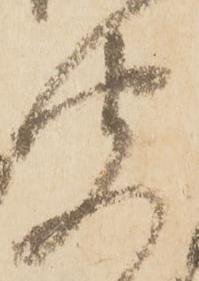
聞